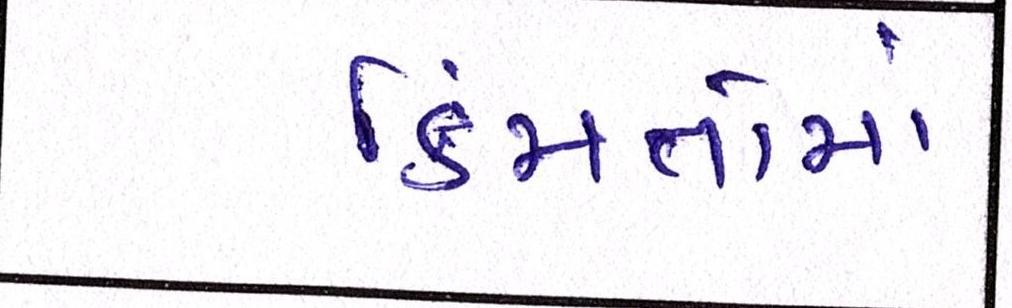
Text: કિંમતોમાં